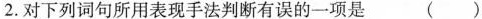
2.对下列词句所用表现手法判断有误的一项是()